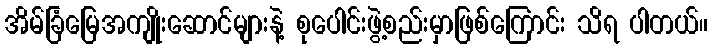
အိမ်ခြံမြေအကျိုးဆောင်များနဲ့ စုပေါင်းဖွဲ့စည်းမှာဖြစ်ကြောင်း သိရ ပါတယ်။